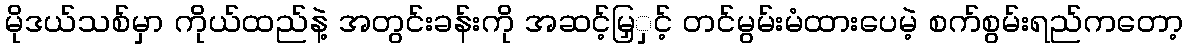
မိုဒယ်သစ်မှာ ကိုယ်ထည်နဲ့ အတွင်းခန်းကို အဆင့်မြှှင့် တင်မွမ်းမံထားပေမဲ့ စက်စွမ်းရည်ကတော့